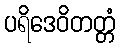
ပရိဒေဝိတတ္တံ